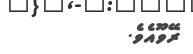
ރޭވޫއެވެ.